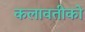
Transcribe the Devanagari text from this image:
कलावतीको